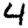
Digit: 4